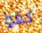
كفؤ